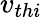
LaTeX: v_{thi}